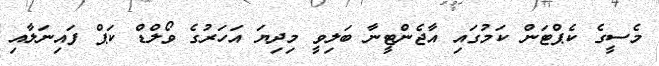
މެސީގެ ކެޕްޓަން ކަމުގައި އާޖެންޓީނާ ބަލިވީ މިދިޔަ އަހަރުގެ ވޯލްޑް ކަޕް ފައިނަލާއި